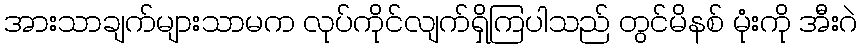
အားသာချက်များသာမက လုပ်ကိုင်လျက်ရှိကြပါသည် တွင်မိနစ် မုံးကို အီးဂဲ